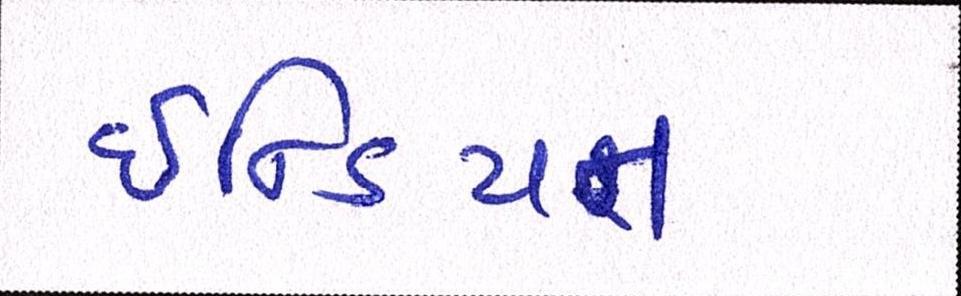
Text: ઇન્ડિયન